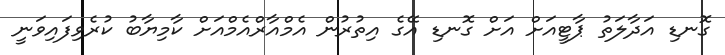
ގޮނޑި އަދާލަތު ޕާޓީއަށް އަށް ގޮނޑި އޭގެ އިތުރުން އެމްއާރްއެމްއަށް ކާމިޔާބު ކުރެވިފައިވަނީ